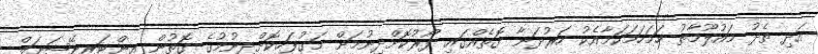
އަދި ތެދު މައުލޫމާތު ހަމަހަމަކަމާއެކު ހަރުދަނާ ގޮތެއްގައި ފޯރުކޮށްދިނުމަށް މަގުފަހިކޮށްދިނުމުގެ ގޮތުން އިންޓަރނޭޝަނަލް